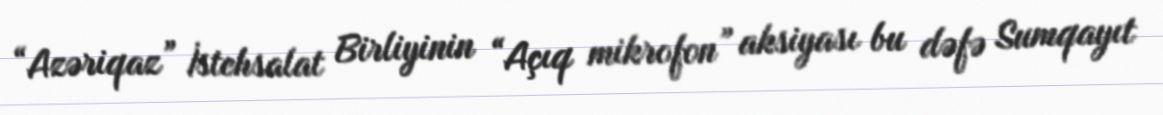
“Azəriqaz” İstehsalat Birliyinin “Açıq mikrofon” aksiyası bu dəfə Sumqayıt